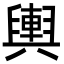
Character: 輿